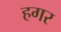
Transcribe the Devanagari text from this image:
हगर